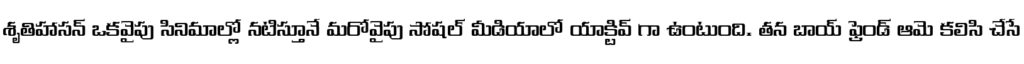
శృతిహాసన్ ఒకవైపు సినిమాల్లో నటిస్తూనే మరోవైపు సోషల్ మీడియాలో యాక్టివ్ గా ఉంటుంది. తన బాయ్ ఫ్రెండ్ ఆమె కలిసి చేసే